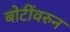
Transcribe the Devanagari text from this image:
बोटींवरुन